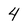
Character: 4